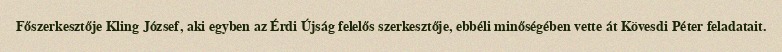
Főszerkesztője Kling József, aki egyben az Érdi Újság felelős szerkesztője, ebbéli minőségében vette át Kövesdi Péter feladatait.